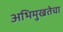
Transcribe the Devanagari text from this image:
अभिमुखतेचा